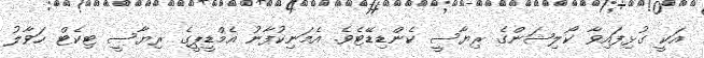
އަކީ ގުޅިފައިވާ ކޯލިޝަންގެ ރިޔާސީ ކެންޑިޑޭޓެވެ. އެމަނިކުފާނު އެމްޑީޕީގެ ރިޔާސީ ޓިކެޓް ހަވާލު